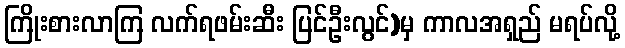
ကြိုးစားလာကြ လက်ရဖမ်းဆီး ပြင်ဦးလွင်)မှ ကာလအရှည် မရပ်လို့